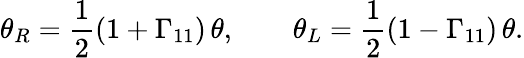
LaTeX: \theta_{R}={\frac{1}{2}}(1+\Gamma_{11})\, \theta,\qquad\theta_{L}={\frac{1}{2}}(1-\Gamma_{11})\, \theta.